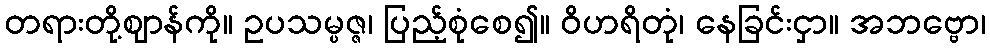
တရားတို့ဈာန်ကို။ ဥပသမ္ပဇ္ဇ၊ ပြည့်စုံစေ၍။ ဝိဟရိတုံ၊ နေခြင်းငှာ။ အဘဗ္ဗော၊